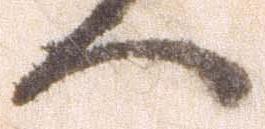
へ